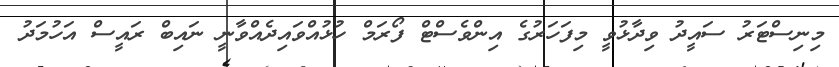
މިނިސްޓަރު ސައީދު ވިދާޅުވީ މިފަހަރުގެ އިންވެސްޓް ފޯރަމް ހުޅުއްވައިދެއްވާނީ ނައިބް ރައީސް އަހުމަދު